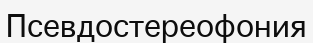
Псевдостереофония